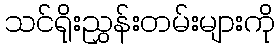
သင်ရိုးညွှန်းတမ်းများကို